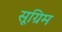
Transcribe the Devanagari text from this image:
सूग्रिम